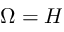
\Omega = H